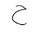
Letter: _ha